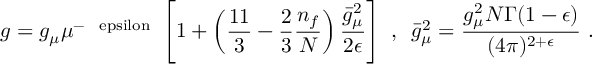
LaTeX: g = g _ { \mu } \mu ^ { - \mathrm { \normalsize ~ \ e p s i l o n ~ } } \left[ 1 + \left( \frac { 1 1 } 3 - \frac 2 3 \frac { n _ { f } } N \right) \frac { \bar { g } _ { \mu } ^ { 2 } } { 2 \epsilon } \right] ~ , \, \, \, \bar { g } _ { \mu } ^ { 2 } = \frac { g _ { \mu } ^ { 2 } N \Gamma ( 1 - \epsilon ) } { ( 4 \pi ) ^ { 2 + { \epsilon } } } ~ .